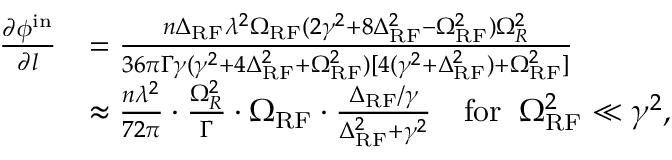
\begin{array} { r l } { \frac { \partial \phi ^ { \mathrm { i n } } } { \partial l } } & { = \frac { n \Delta _ { \mathrm { R F } } \lambda ^ { 2 } \Omega _ { \mathrm { R F } } ( 2 \gamma ^ { 2 } + 8 \Delta _ { \mathrm { R F } } ^ { 2 } - \Omega _ { \mathrm { R F } } ^ { 2 } ) \Omega _ { R } ^ { 2 } } { 3 6 \pi \Gamma \gamma ( \gamma ^ { 2 } + 4 \Delta _ { \mathrm { R F } } ^ { 2 } + \Omega _ { \mathrm { R F } } ^ { 2 } ) [ 4 ( \gamma ^ { 2 } + \Delta _ { \mathrm { R F } } ^ { 2 } ) + \Omega _ { \mathrm { R F } } ^ { 2 } ] } } \\ & { \approx \frac { n \lambda ^ { 2 } } { 7 2 \pi } \cdot \frac { \Omega _ { R } ^ { 2 } } { \Gamma } \cdot \Omega _ { \mathrm { R F } } \cdot \frac { \Delta _ { \mathrm { R F } } / \gamma } { \Delta _ { \mathrm { R F } } ^ { 2 } + \gamma ^ { 2 } } \quad \mathrm { f o r } \; \; \Omega _ { \mathrm { R F } } ^ { 2 } \ll \gamma ^ { 2 } , } \end{array}